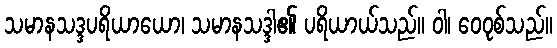
သမာနသဒ္ဒပရိယာယော၊ သမာနသဒ္ဒါ၏ ပရိယာယ်သည်။ ဝါ၊ ဝေဝုစ်သည်။